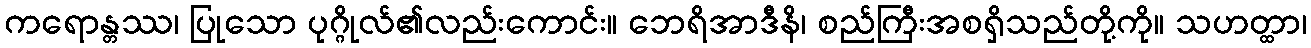
ကရောန္တဿ၊ ပြုသော ပုဂ္ဂိုလ်၏လည်းကောင်း။ ဘေရိအာဒီနိ၊ စည်ကြီးအစရှိသည်တို့ကို။ သဟတ္ထာ၊